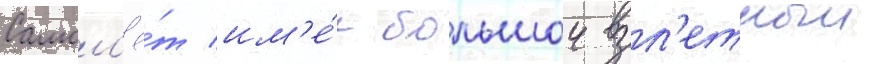
Самол'ё́т им'е́л большои взл'етныи